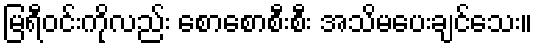
မြရီဝင်းကိုလည်း စောစောစီးစီး အသိမပေးချင်သေး။